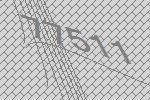
77511